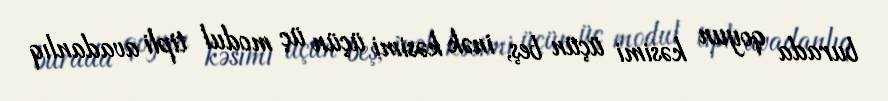
burada qoyun kəsimi üçün beş, inək kəsimi üçün üç modul tipli avadanlıq